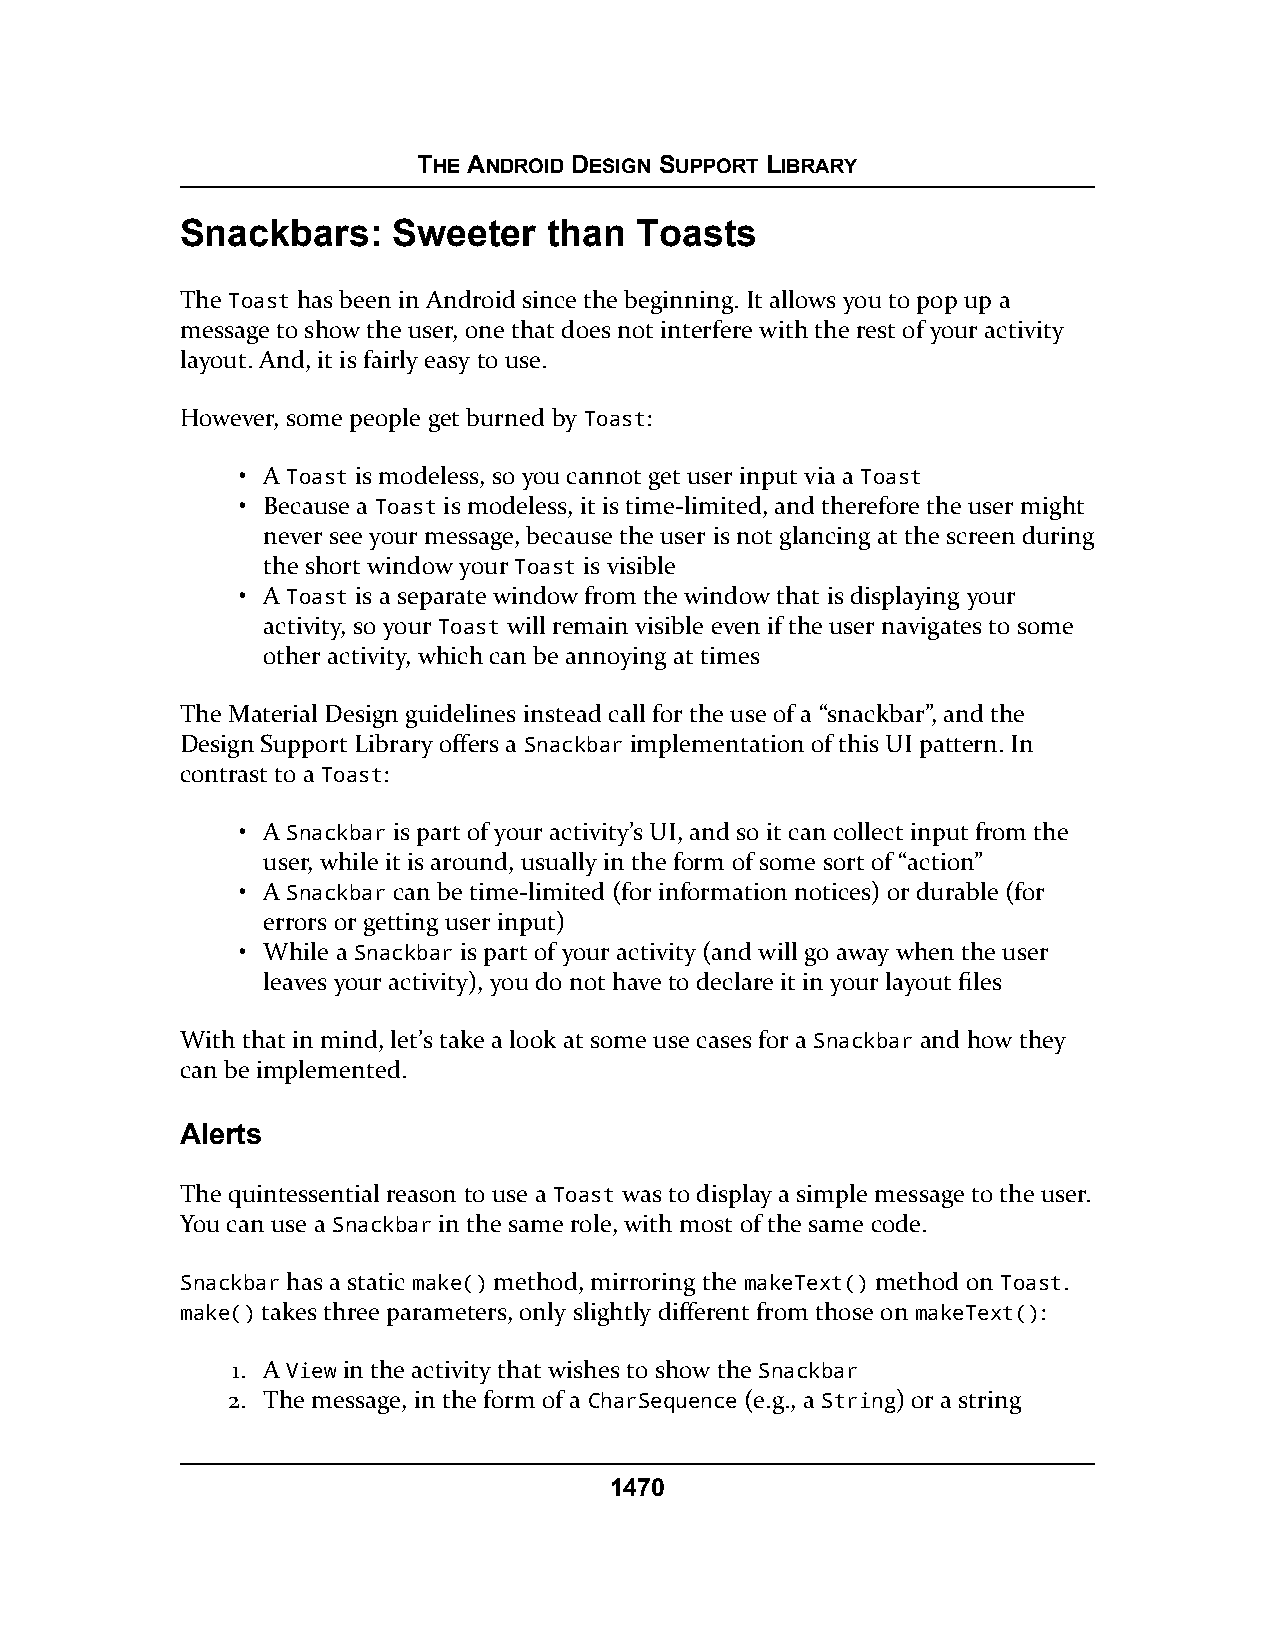
THE ANDROID DESIGN SUPPORT LIBRARY
 Snackbars:    Sweeter   than  Toasts
 The Toast has been in Android since the beginning. It allows you to pop up a
 message to show the user, one that does not interfere with the rest of your activity
 layout. And, it is fairly easy to use.
 However, some people get burned by Toast:
 • A Toast is modeless, so you cannot get user input via a Toast
 • Because a Toast is modeless, it is time-limited, and therefore the user might
 never see your message, because the user is not glancing at the screen during
 the short window your Toast is visible
 • A Toast is a separate window from the window that is displaying your
 activity, so your Toast will remain visible even if the user navigates to some
 other activity, which can be annoying at times
 The Material Design guidelines instead call for the use of a “snackbar”, and the
 Design Support Library offers a Snackbar implementation of this UI pattern. In
 contrast to a Toast:
 • A Snackbar is part of your activity’s UI, and so it can collect input from the
 user, while it is around, usually in the form of some sort of “action”
 • A Snackbar can be time-limited (for information notices) or durable (for
 errors or getting user input)
 • While a Snackbar is part of your activity (and will go away when the user
 leaves your activity), you do not have to declare it in your layout files
 With that in mind, let’s take a look at some use cases for a Snackbar and how they
 can be implemented.
 Alerts
 The quintessential reason to use a Toast was to display a simple message to the user.
 You can use a Snackbar in the same role, with most of the same code.
 Snackbar has a static make() method, mirroring the makeText() method on Toast.
 make() takes three parameters, only slightly different from those on makeText():
 1. A View in the activity that wishes to show the Snackbar
 2. The message, in the form of a CharSequence (e.g., a String) or a string
 1470